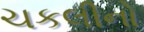
ચકલીનો